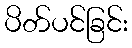
ပိတ်ပင်ခြင်း